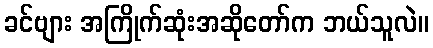
ခင်ဗျား အကြိုက်ဆုံးအဆိုတော်က ဘယ်သူလဲ။